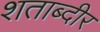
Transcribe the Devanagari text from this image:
शताब्दीर